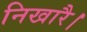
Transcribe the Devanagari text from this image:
निखारै।